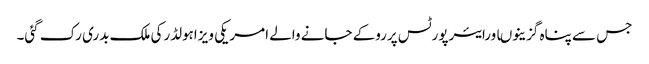
جس سے پناہ گزینوںاورایئرپورٹس پرروکے جانے والے امریکی ویزاہولڈرکی ملک بدری رک گئی۔